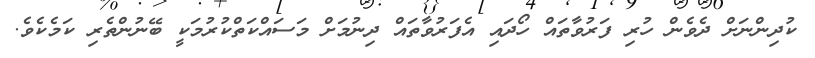
ކުދިންނަށް ދެވެން ހުރި ފަރުވާތައް ހޯދައި އެފަރުވާތައް ދިނުމަށް މަސައްކަތްކުރުމަކީ ބޭނުންތެރި ކަމެކެވެ.